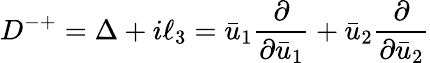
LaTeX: D^{-+}=\Delta+i\ell_{3}=\bar{u}_{1}\frac{\partial}{\partial\bar{u}_{1}}+\bar{u}_{2}\frac{\partial}{\partial\bar{u}_{2}}